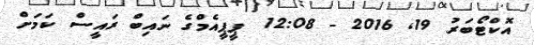
އޮކްޓޯބަރު 19